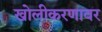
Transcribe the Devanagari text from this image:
खोलीकरणावर